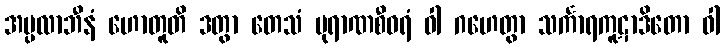
အပ္ပလာဘီနံ ဟောတူတိ ဒတွာ တေသံ ပုရာဏစီဝရံ ဝါ ဂဟေတွာ သင်္ကာရကူဋာဒိတော ဝါ